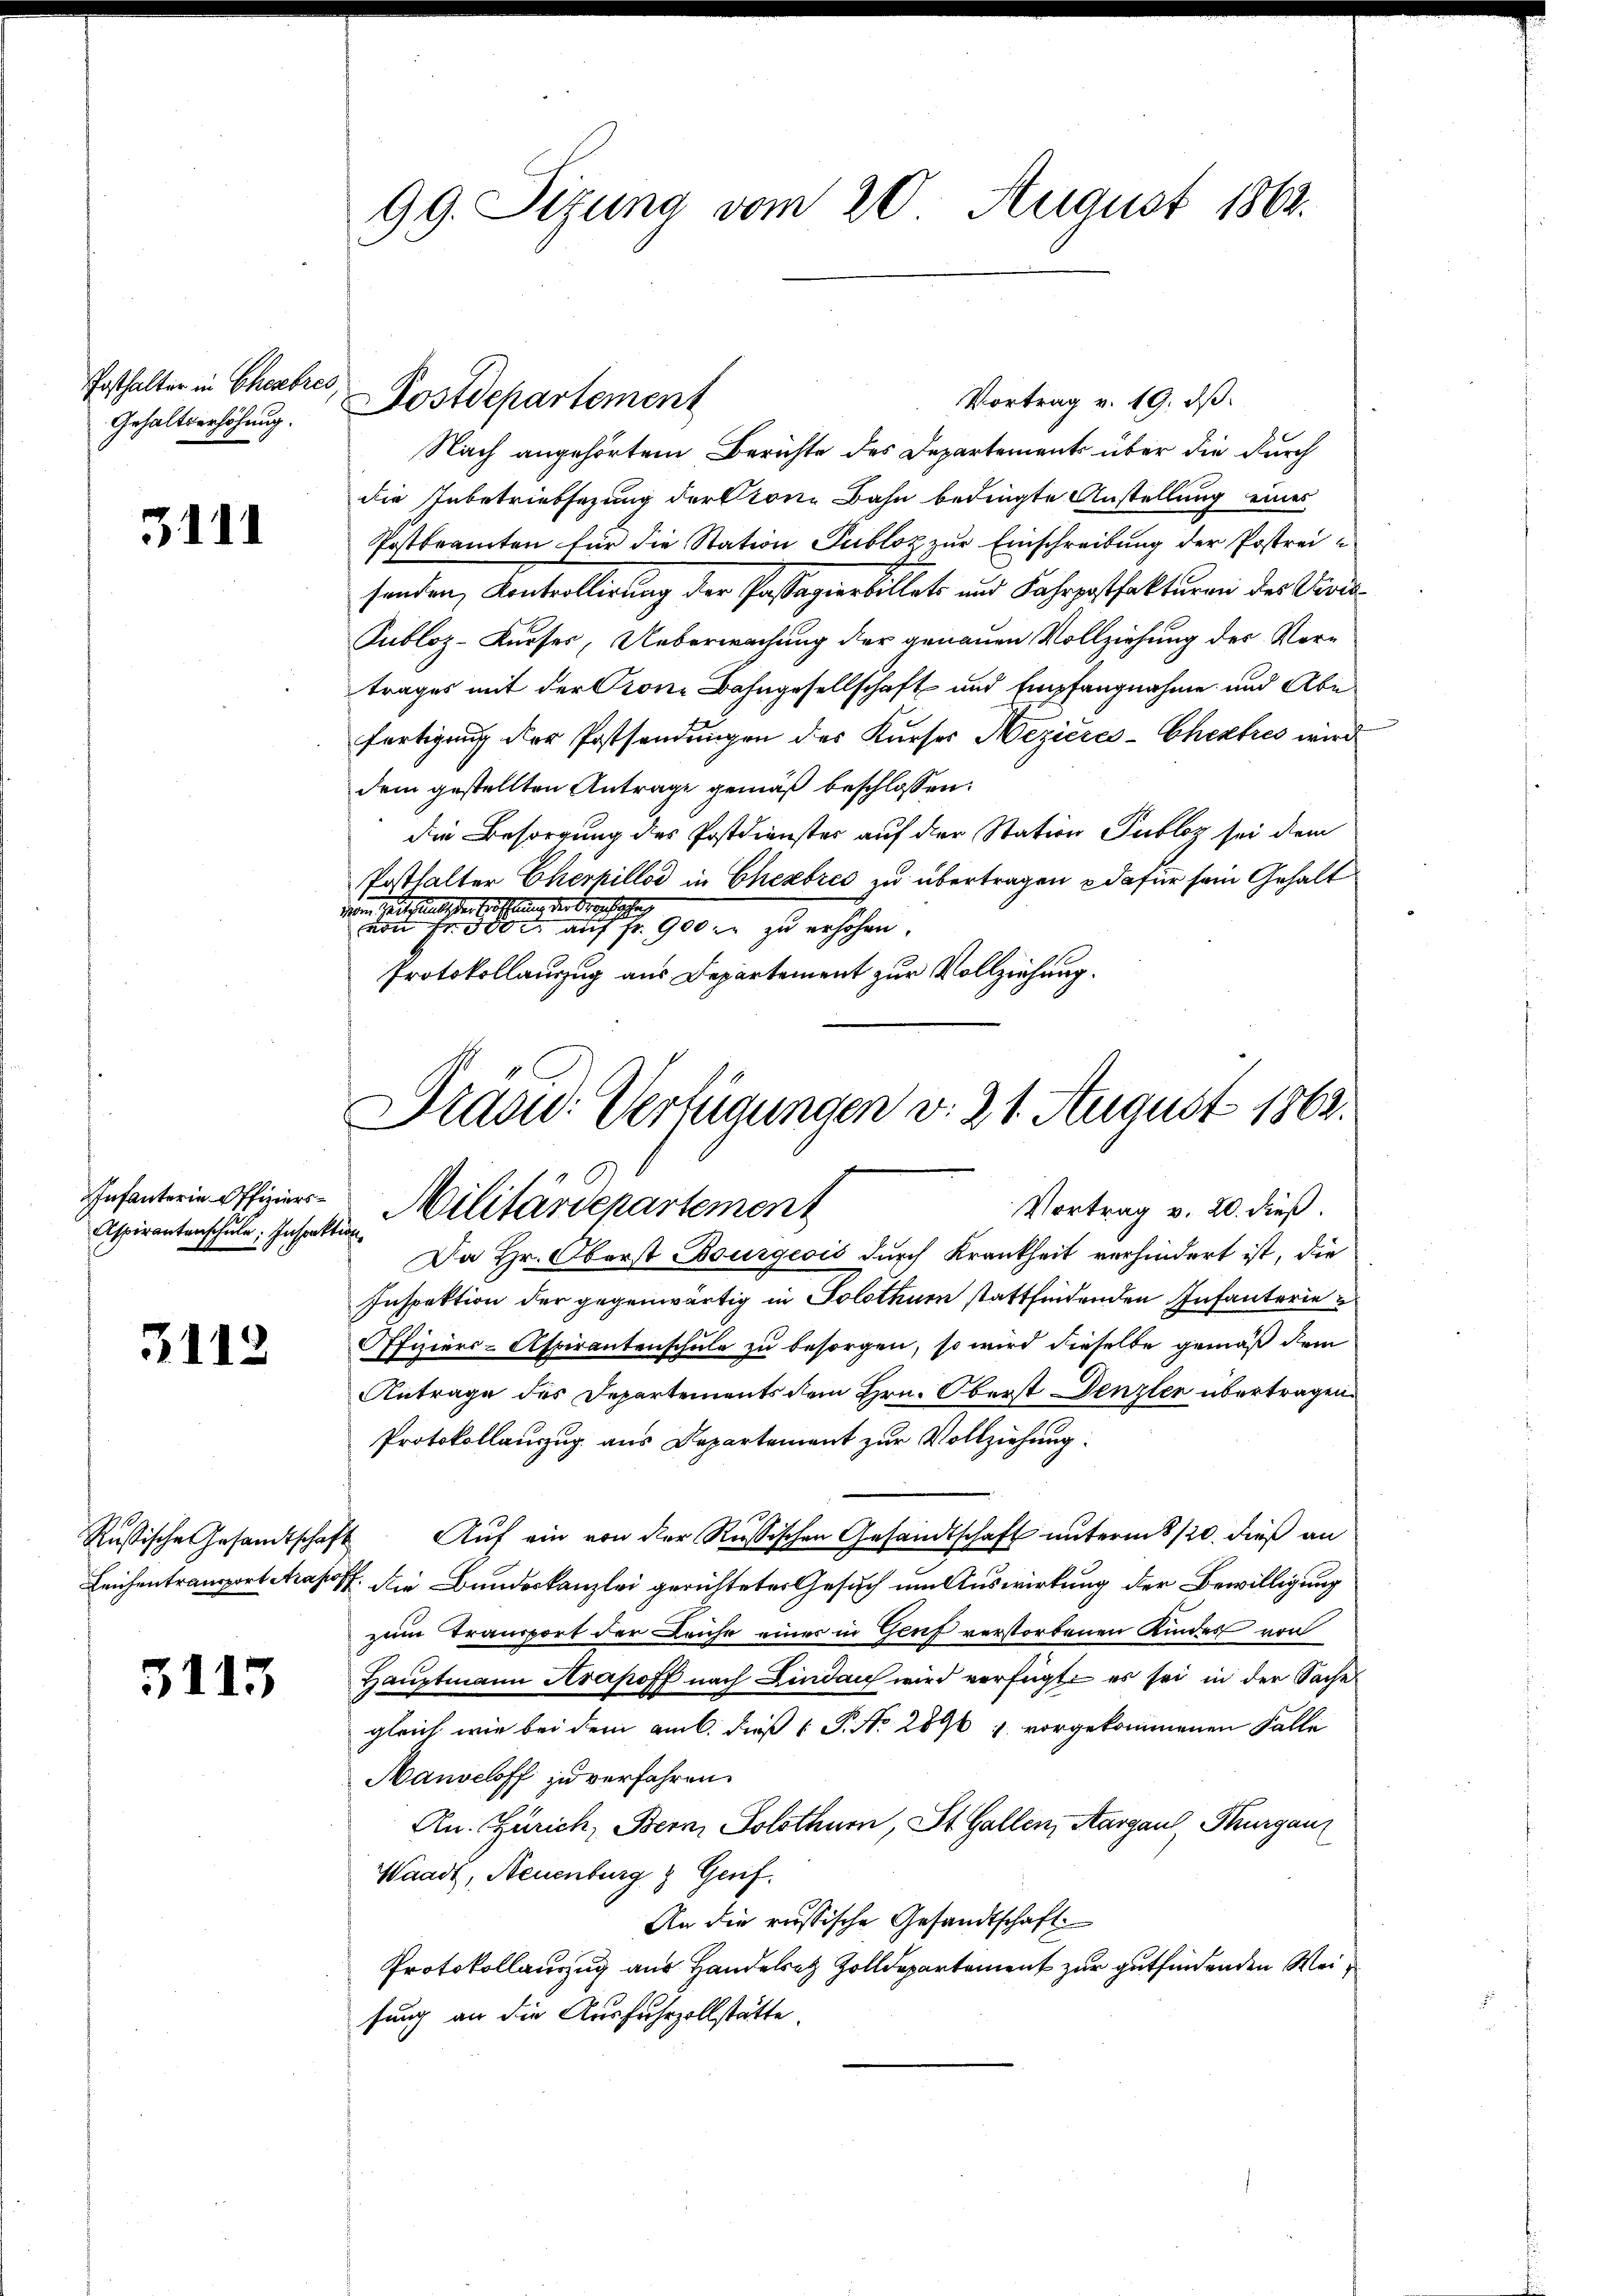
Posthalter in Cherbres,
Gehaltserhöhung.

3. d. d.

Infanterie Offiziers¬
Aspirantenschule, Inspektion

3112

5115

99. Sitzung vom 20. August 1862.

Postdepartement

Vortrag v. 19. ds.
Nach angehörtem Berichte des Departements über die durch
die Inbetriebsezung der Krone Bahn bedingte Anstellung eines
Postbramten für die Station Publoz zur Einschreibung der Postreisenden, Kontrollirung der Passagierbillets und Fahrpostfakturen des Vidi¬
Subloz-Kurses, Ueberwachung der genauen Vollziehung der Vertrages mit der Crone Bahngesellschaft und Empfangnahme und Abefertigung der Postsendungen des Kurses Mezieres-Cheztres wird
dem gestellten Antrage gemäß beschlossen:
die Besorgung des Postdienster auf der Station Publoz sei dem
Posthalter Cherkillod in Cherbres in übertragen dafür sein Gehalt
von seits entlicher Erbschauung der Berechtigten
 302 auf Fr. 900 er zu erhöhen.
Protokollauszug aus Departement zur Vollziehung.
Da Hr. Oberst Bourgeois durch Krankheit verhindert ist, die
Inspektion der gegenwärtig in Solothur stattfindenden Infanterie
Offiziers-Aspirantenschule zu besorgen, so wird dieselbe gemäß dem
Antrage des Departements dem Hrn. Oberst Denzler übertragen.
Protokollanzug aus Departement zur Vollziehung.
Russische Gesandtschaft. Auf ein von der Russischen Gesandtschaft unterm 8/20. dieß an
Leichentramport Arapost die Bundeskanzlei gerichtetes Gesuch um Auswirkung der Bewilligung
zum Transport der Leiche einer in Genf verstorbenen Kinder von
Hauptmann Arapoff nach Lindau wird verfügt es sei in der Sache
gleich wie bei dem amb. dieß P. Nr. 2896 u. vorgekommenen Falle
Manveloff zu verfahren.
An. Zürich, Bern, Solothurn, St. Gallen, Aargau, Thurgau
Waadt, Neuenburg & Genf.
An die russische Gesandtschaft
Protokollauszug aus Handelrez Zolldepartement zur gutfindenden Weisung an die Ausfuhrzollstätte.

Praad: Verfügungen v. 21. August 1869.
Militärdepartement
Vortrag v. 20. dieß.